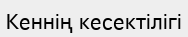
Кеннің кесектілігі